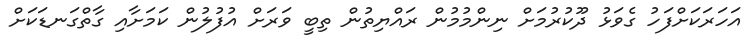
އަހަރަކަށްފަހު ގެވަޅު ދޫކުރުމަށް ނިންމުމުން ރައްޔިތުން ތިބީ ވަރަށް އުފުލުން ކަމަށާއި ގާތްގަނޑަކަށް